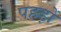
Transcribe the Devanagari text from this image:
पहड़ों